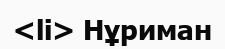
<li> Нұриман